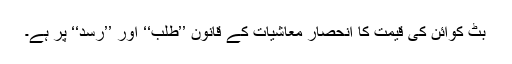
بِٹ کوائن کی قیمت کا انحصار معاشیات کے قانون ’’طلب‘‘ اور ’’رسد‘‘ پر ہے۔